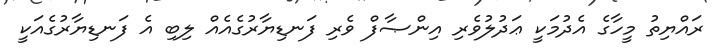
ރައްޔިތު މީހާގެ އެދުމަކީ ޢަދުލުވެރި އިންޞާފް ވެރި ފަނޑިޔާރުގެއެއް ލިބި އެ ފަނޑިޔާރުގެއަކީ